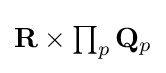
{\textstyle \mathbf {R} \times \prod _{p}\mathbf {Q} _{p}}